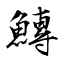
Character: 鱄